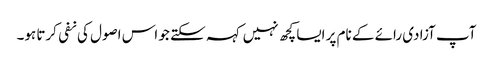
آپ آزادی رائے کے نام پر ایسا کچھ نہیں کہہ سکتے جو اس اصول کی نفی کرتا ہو۔